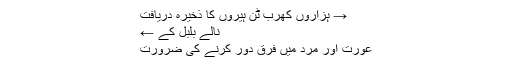
→ ہزاروں کھرب ٹن ہیروں کا ذخیرہ دریافت
نالے بلبل کے ←
عورت اور مرد میں فرق دور کرنے کی ضرورت